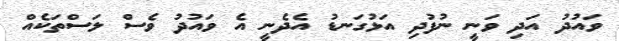
ވައުދު އަދި ވަނީ ނުފުދި އަޅުގަނޑު އެދެނީ އެ ވައުދު ވެސް ލަސްތަކެއް